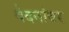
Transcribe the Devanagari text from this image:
वेदनांवर